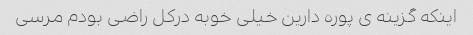
اینکه گزینه ى پوره دارین خیلى خوبه درکل راضى بودم مرسى